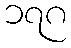
၁၇၈